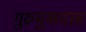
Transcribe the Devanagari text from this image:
गुरुमुखदास